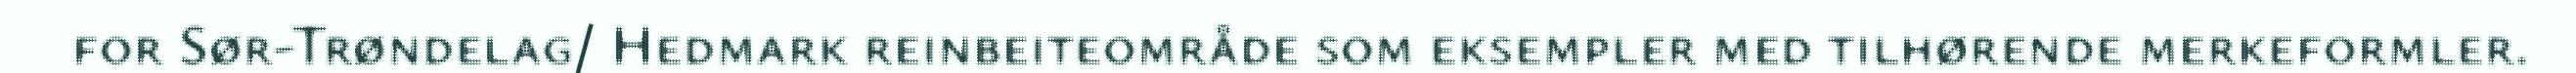
for Sør-Trøndelag/ Hedmark reinbeiteområde som eksempler med tilhørende merkeformler.